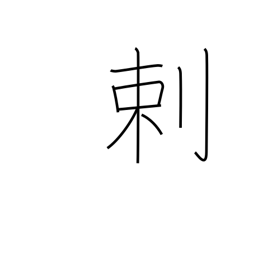
Meaning: opposed